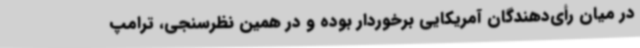
در میان‌ رأی‌دهندگان آمریکایی برخوردار بوده و در همین نظرسنجی، ترامپ